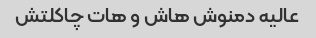
عالیه دمنوش هاش و هات چاکلتش